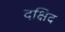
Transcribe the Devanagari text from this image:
दक्षिद